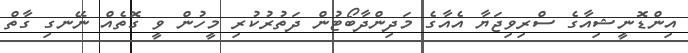
އިންޑޮނީޝިއާގެ ސްރިވިޖަޔާ އެއާގެ މަދިންދާބޯޓުން ދަތުރުކުރި މީހުން ވީ ގޮތެއް ނޭނގި ގާތް